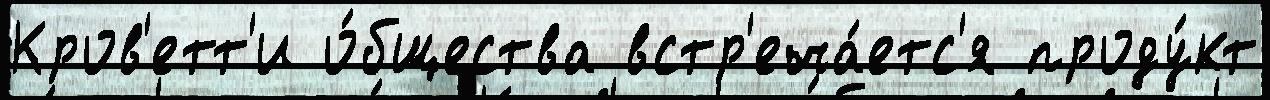
Кров'етт'и о́бщества встр'еча́етс'я проду́кт